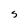
Character: s